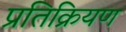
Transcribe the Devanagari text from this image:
प्रतिक्रियण